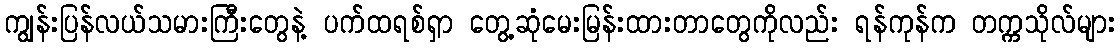
ကျွန်းပြန်လယ်သမားကြီးတွေနဲ့ ပက်ထရစ်ရှာ တွေ့ဆုံမေးမြန်းထားတာတွေကိုလည်း ရန်ကုန်က တက္ကသိုလ်များ